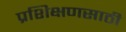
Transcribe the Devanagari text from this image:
प्रशिक्षणसाठी